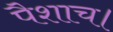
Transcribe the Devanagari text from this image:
पैशाच।